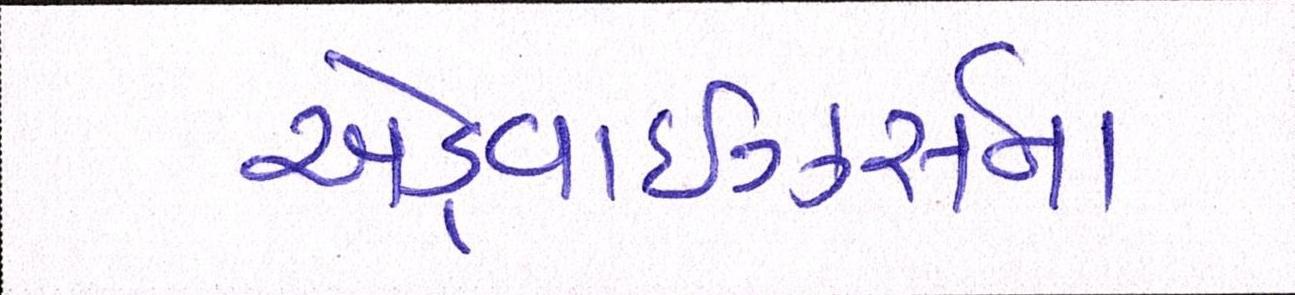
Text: એડ્વાઇઝર્સના